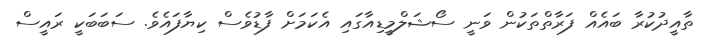
ތާއީދުކުރާ ބައެއް ފަރާތްތަކުން ވަނީ ސޯޝަލްމީޑިއާގައި އެކަމަށް ފާޑުވެސް ކިޔާފައެވެ. ސަބަބަކީ ރައީސް